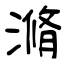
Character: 滫